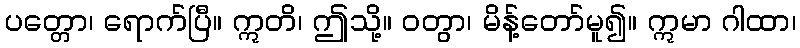
ပတ္တော၊ ရောက်ပြီ။ ဣတိ၊ ဤသို့။ ဝတွာ၊ မိန့်တော်မူ၍။ ဣမာ ဂါထာ၊